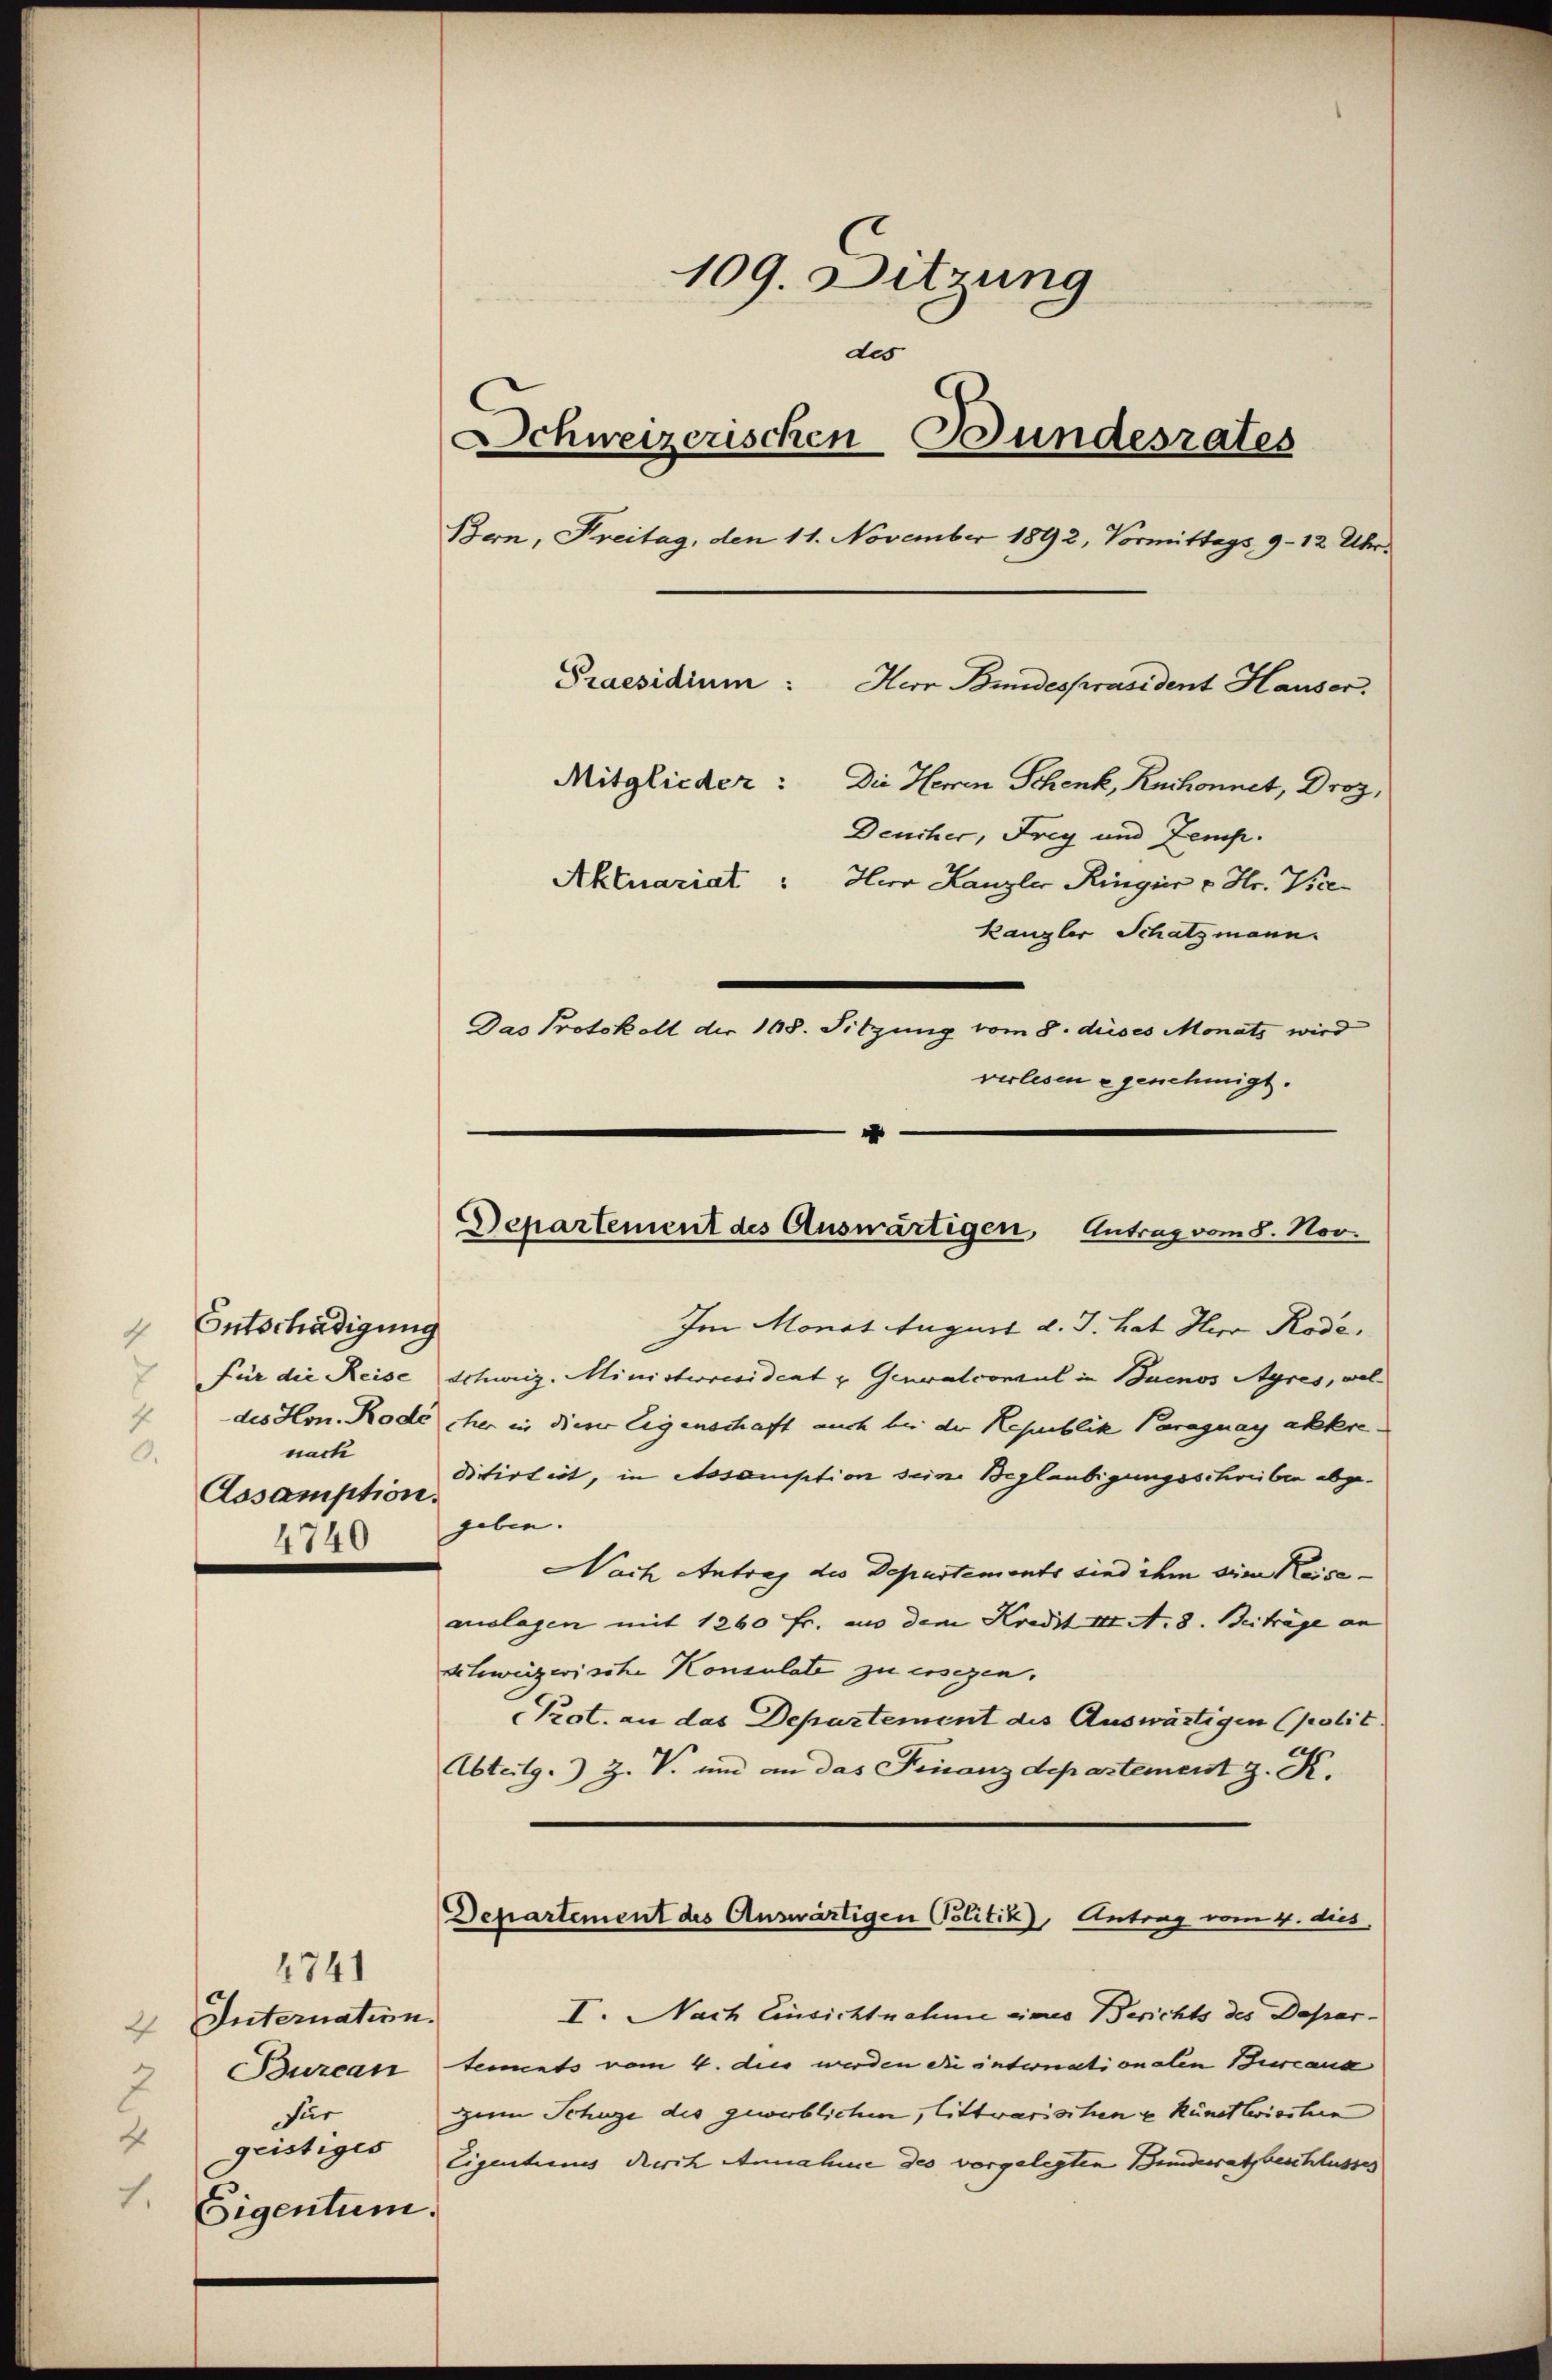
Entschädigung
nach
3.
Assamption.
4740

4741
2 Internation.
2
für
4
geistiges
1.
Eigentum.

109. Sitzung
des
Schweizerischen Bundesrates
Bern, Freitag, den 11. November 1892, Vormittags 9 - 12 Uhr.
Praesidium:
Mitglieder: Die Heren Schenk, Ruchonnet, Droz,
Deucher, Frey und Zemp.
Aktuariat: Herr Kanzler Ringer v. Hr. Vice¬
Kanzler Schatzmann.
Das Protokoll der 168. Sitzung vom 8. dieses Monats wird
verlesen - genehmigt.

g

Herr Bundespräsident Hauser.

Departement des Auswärtigen, Antrag vom 8. Nov.

Im Monat August d. J. hat Herr Rode,
Für die Reise Schweiz. Ministeresident u. Generalconsul in Buenos Ayres, weldes Hrn. Rodé cher in dieser Eigenschaft auch bei der Republik Paraguay akkere
ditirtert, in Assauiption seine Beglaubigungsschreiben abgegeben.
Nach Antrag des Departements sind ihm ein Keiseauslagen mit 1260 fr. aus dem Kredit III N. 8. Beiträge an
Schweizerische Konsulate zu ersezen.
Prot. an das Departement des Auswärtigen (polit.
Abteilg. Z. V. und an das Finanzdepartement J. K.
Departement des Auswärtigen Politik), Antrag vom 4. dies,
I. Nach Einsichtnahme eines Berichts des Depar¬
Durcan tements vom 4. dies werden die internationalen Burcana
zum Schüre des gewerblichen, littwarischen u. Künstleischen
Eigentums durch Annahme des vorgelegten Bundesrath beschlusses